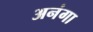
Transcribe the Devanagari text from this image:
अनंगा